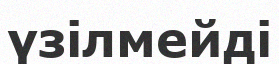
үзілмейді